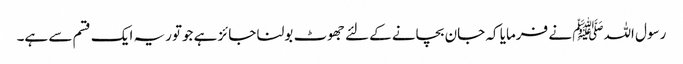
رسول اللہﷺ نے فرمایا کہ جان بچانے کےلئے جھوٹ بولنا جائز ہے جوتوریہ ایک قسم سے ہے۔